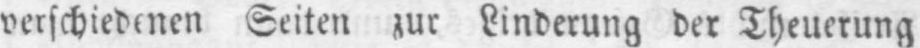
verschiedenen Seiten zur Linderung der Theuerung